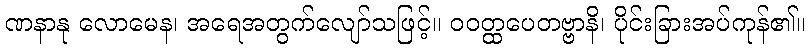
ဏနာနု လောမေန၊ အရေအတွက်လျော်သဖြင့်။ ဝဝတ္ထပေတဗ္ဗာနိ၊ ပိုင်းခြားအပ်ကုန်၏။